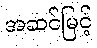
အဆင်မြင့်